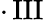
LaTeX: \cdot\operatorname{III}